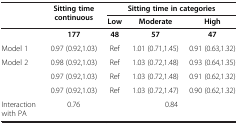
<table><thead><tr><td rowspan="2">[EMPTY_CELL]</td><td rowspan="2"><b>Sitting time continuous</b></td><td colspan="3"><b>Sitting time in categories</b></td></tr><tr><td><b>Low</b></td><td><b>Moderate</b></td><td><b>High</b></td></tr></thead><tbody><tr><td>[EMPTY_CELL]</td><td><b>177</b></td><td><b>48</b></td><td><b>57</b></td><td><b>47</b></td></tr><tr><td>Model 1</td><td>0.97 (0.92,1.03)</td><td>Ref</td><td>1.01 (0.71,1.45)</td><td>0.91 (0.63,1.32)</td></tr><tr><td>Model 2</td><td>0.98 (0.92,1.03)</td><td>Ref</td><td>1.03 (0.72,1.48)</td><td>0.93 (0.64,1.35)</td></tr><tr><td>[EMPTY_CELL]</td><td>0.97 (0.92,1.03)</td><td>Ref</td><td>1.03 (0.72,1.48)</td><td>0.91 (0.62,1.32)</td></tr><tr><td>[EMPTY_CELL]</td><td>0.97 (0.92,1.03)</td><td>Ref</td><td>1.03 (0.72,1.47)</td><td>0.90 (0.62,1.32)</td></tr><tr><td>Interaction with PA</td><td>0.76</td><td colspan="3">0.84</td></tr></tbody></table>